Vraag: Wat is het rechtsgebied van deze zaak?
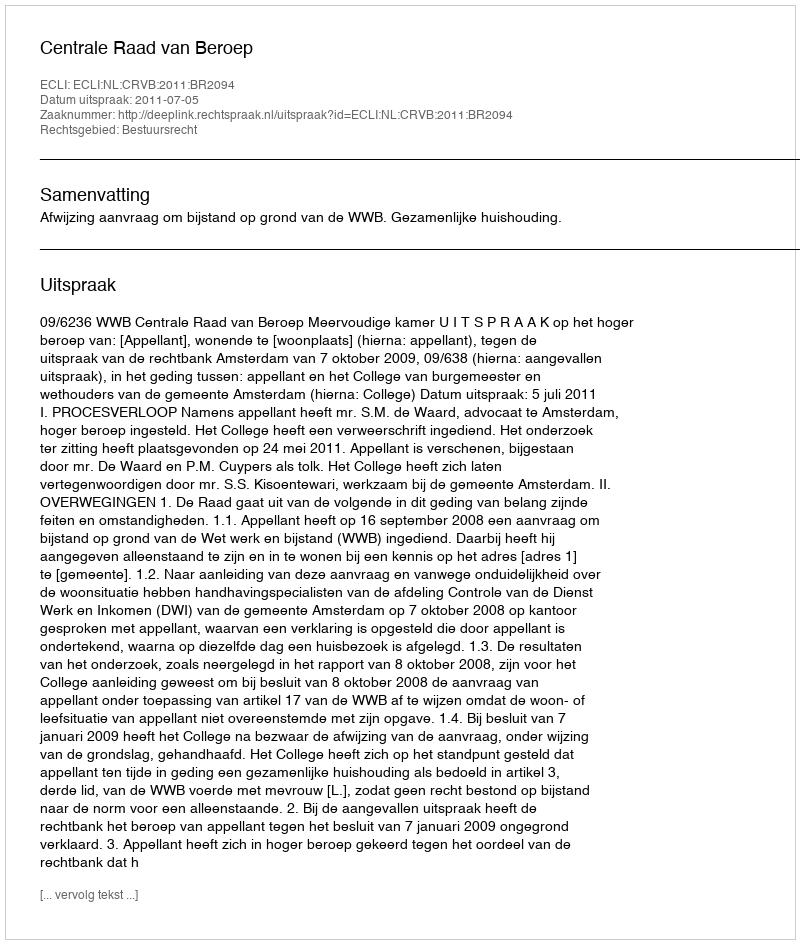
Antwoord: Bestuursrecht